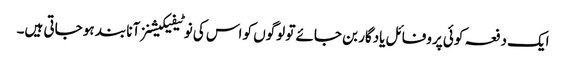
ایک دفعہ کوئی پروفائل یادگار بن جائے تو لوگوں کو اس کی نوٹیفیکیشنز آنا بند ہو جاتی ہیں۔